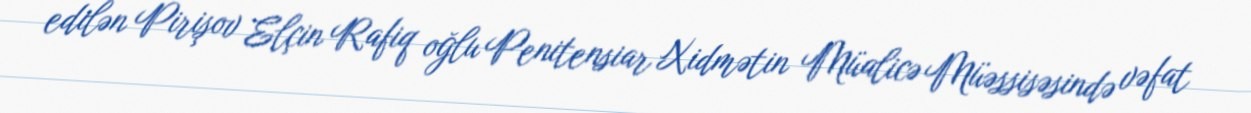
edilən Pirişov Elçin Rafiq oğlu Penitensiar Xidmətin Müalicə Müəssisəsində vəfat